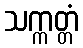
သက္ကတ္တံ